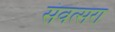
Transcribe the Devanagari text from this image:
संवत्सरा